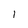
Character: 1